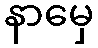
နာမှေ